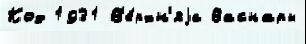
Код 1931 В'е́рхн'яjа Васнары